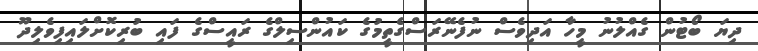
ދިޔަ ބޯޓުން ގެއްލުނު މީހާ އަދިވެސް ނުފެނޭރަސްގެތީމުގެ ކައުންސިލްގެ ރައީސްގެ ފައި ބުރިކޮށްލައިފިވެލިދޫ